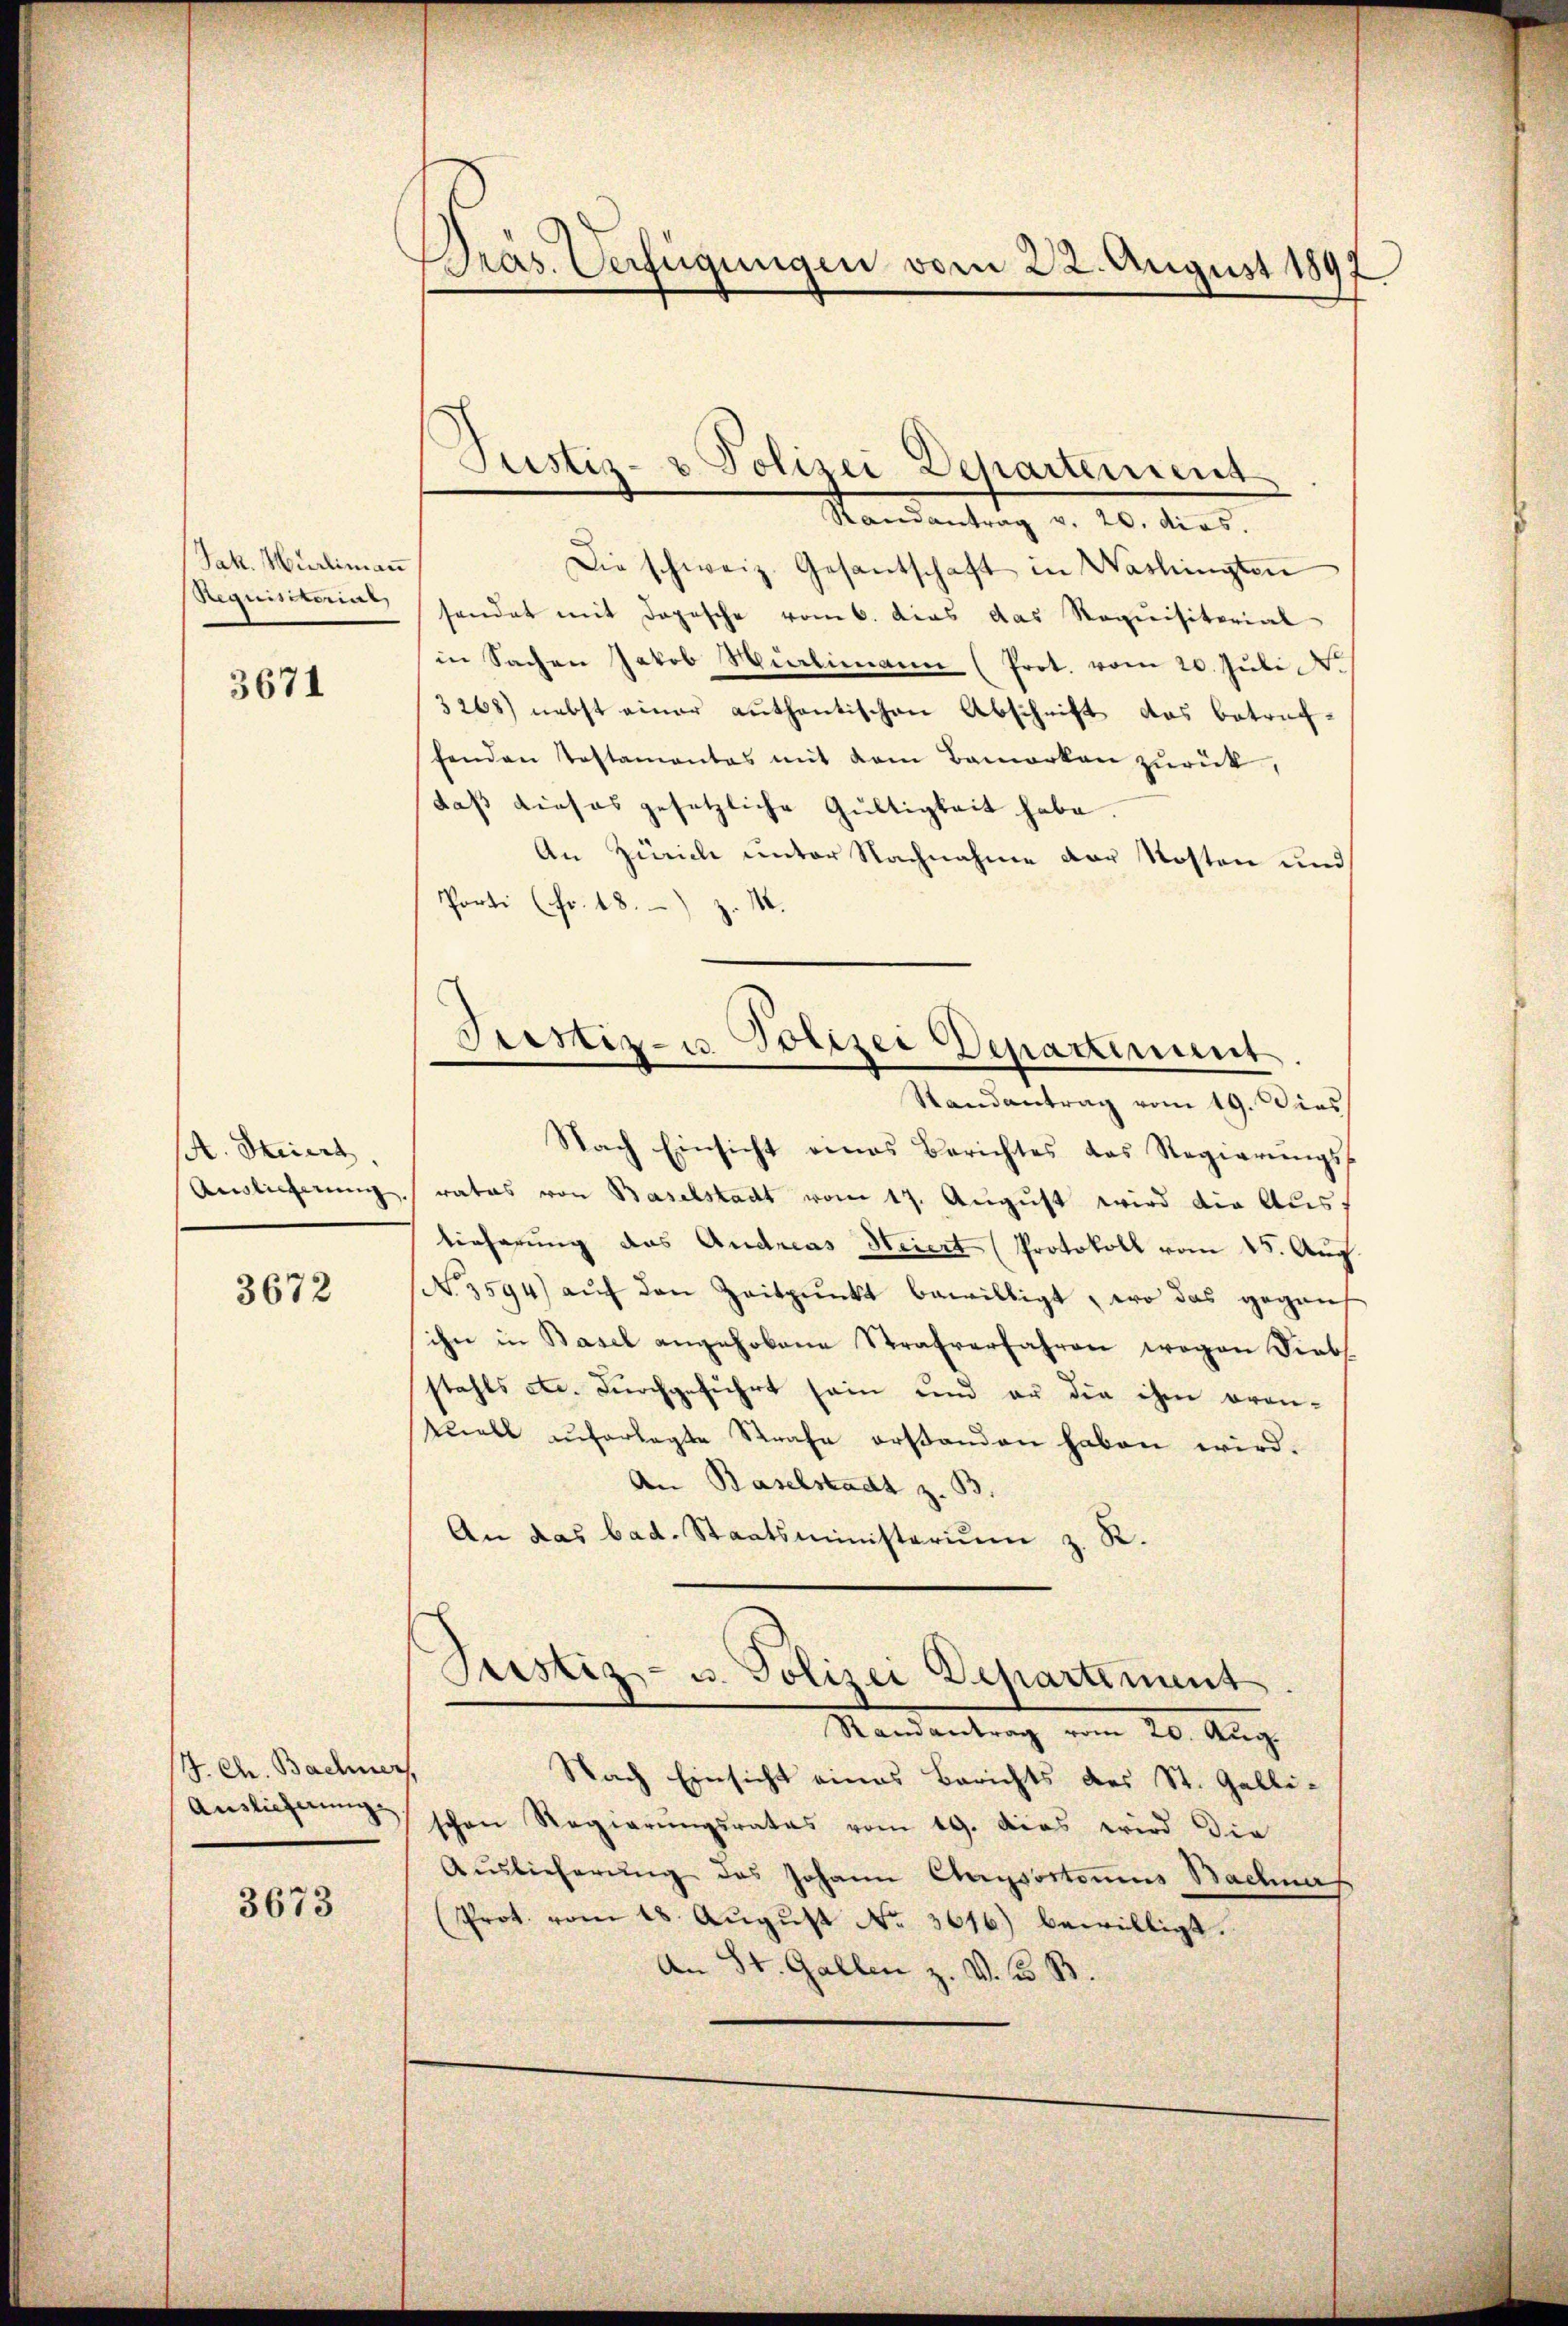
Jak. Hürlimann
Requisiterint

3671

st. Steiert

3672

J. Ch. Bachner,
Auslieferung

3673

Präs. Verfügungen vom 22. August 1892

Randantrag v. 20. dies
Die schweiz. Gesantschaft in Washingten
sendet mit Dopesche vom 6. dieas das Requisitorial
in Sachen Jakob Wierlimann (Prot. vom 20. Juli d
3268) nebst einer authentischen Abschrift das betreffenden Testamentes mit dem Bemerken zurück,
daß dieses gesetzliche Gültigkeit habe.
An Zürich unter Nachnahme der Kosten und
Porti (fr. 18.) Z. M.
.
Nach Einsicht eines Berichtes das Regierŭngs-
Auslieferung ratas von Baselstadt vom 17. August wird die Austieferung das Andreas Heiert Protokoll vom 15. Aug.
No. 3594) aŭf den Zeitpŭnkt bewilligt, wo das gegens
ihn in Basel angehobene Strafverfahren wegen Diebs
stahls etc. durchgeführt sein und er die ihm oran-
Quell unterlegte Strafe erstanden haben wird.
An Baselstadt z. B.
An das bad. Staatsministerium z. R.
Justiz- u. Polizei Departement.
Mandantrag vom 20. Aug.
Nach Einsicht eines Berichts des St. Gallischen Regierŭngsrates vom 19. dies wird die
Auslieferŭng des Johann Chaysostomus Bachmas
(Prot. vom 18. Aŭgŭst No. 3616) bewilligt.
An St. Gallen z. V. B. B.

Justiz- & Polizei Departement

Justiz- u. Polizei Departement
Randantrag vom 19. Dies